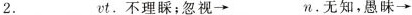
2.___ vt.不理睬；忽视→___n.无知，愚昧→